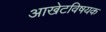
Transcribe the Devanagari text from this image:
आखेटविषयक